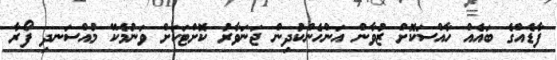
ފާޑެއްގެ ބައެއް ހާއްސަކޮށް ޒުވާން އަންހެންކުދިން ޖަނަވާރު ކޮށްޓަކަށް ވަނުމެކޭ މުއްސަނދި ފޯރާ